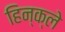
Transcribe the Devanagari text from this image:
हिन्क्ले